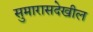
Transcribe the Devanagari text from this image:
सुमारासदेखील